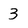
Character: 3